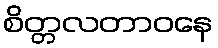
စိတ္တလတာဝနေ